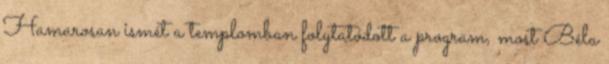
Hamarosan ismét a templomban folytatódott a program, most Béla